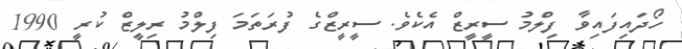
ހޯދައިފައިވާ ފިލްމު ސީރީޒް އެކެވެ. ސީރީޒްގެ ފުރަތަމަ ފިލްމު ރިލީޒް ކުރީ 1990